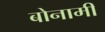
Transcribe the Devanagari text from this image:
बोनामी